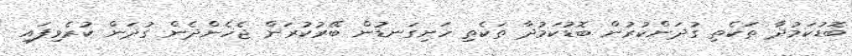
ބޮޑުކަމުދާ ތަކެތި ގުދަންކުރުން ބޮޑުކަމުދާ ތަކެތި ހަށިގަނޑުން ބޭރުކުރަން ޖެހެންދެން ގުދަން ކުރެވިފައި